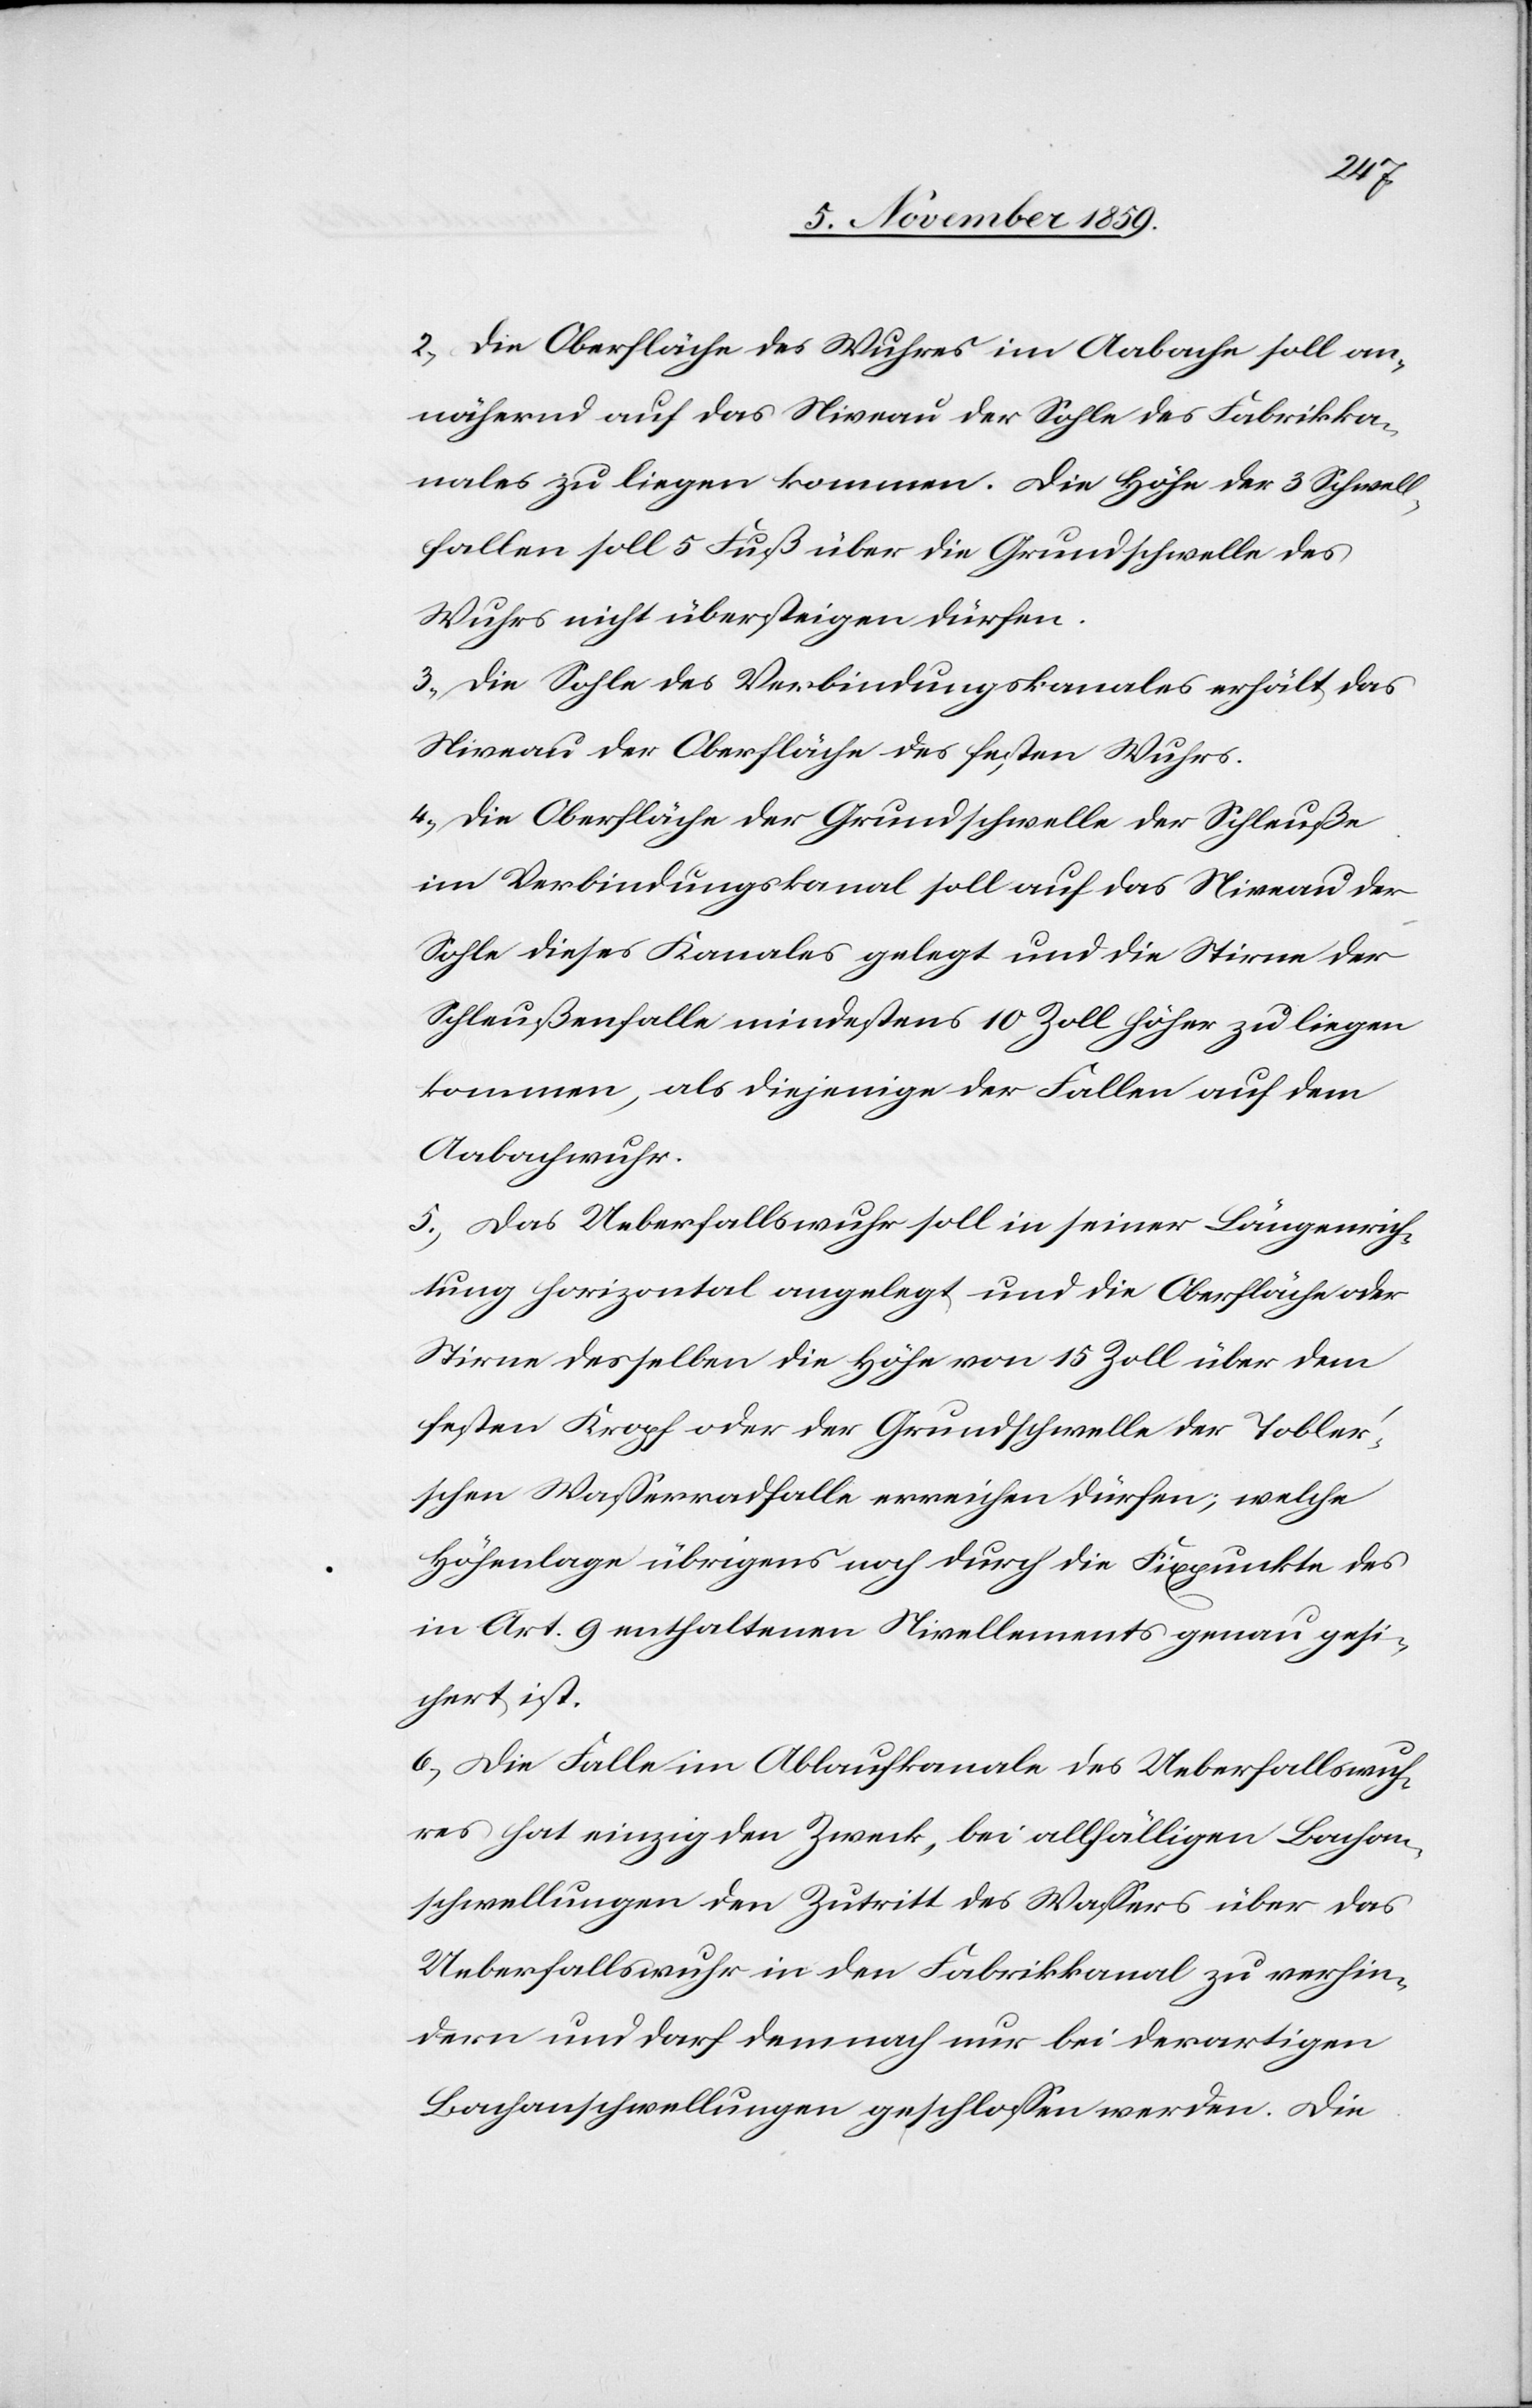
2) Die Oberfläche des Wuhres im Aabache soll an¬
nähernd auf das Niveau der Sohle des Fabrikka¬
nales zu liegen kommen. Die Höhe der 3 Schwell¬
fallen soll 5 Fuß über die Grundschwelle des
Wuhres nicht übersteigen dürfen.
3) Die Sohle des Verbindungskanales erhält das
Niveau der Oberfläche des festen Wuhrs.
4) Die Oberfläche der Grundschwelle der Schleuße
im Verbindungskanal soll auf das Niveau der
Sohle dieses Kanales gelegt und die Stirn der
Schleußenfalle mindestens 10 Zoll höher zu liegen
kommen, als diejenige der Fallen auf dem
Aabachwuhr.
5) Das Ueberfallswuhr soll in seiner Längenrich¬
tung horizontal angelegt und die Oberfläche oder
Stirn desselben die Höhe von 15 Zoll über dem
festen Kropf oder der Grundschwelle der Toble¬
r’schen Wasserradfalle erreichen dürfen; welche
Höhenlage übrigens noch durch die Fixpunkte des
in Art. 9 enthaltenen Nivellements genau gesi¬
chert ist.
6) Die Falle im Ablaufkanale des Ueberfallswuh¬
res hat einzig den Zweck, bei allfälligen Bachan¬
schwellungen den Zutritt des Wassers über das
Ueberfallswuhr in den Fabrikkanal zu verhin¬
dern und darf demnach nur bei derartigen
Bachanschwellungen geschlossen werden. Die